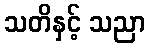
သတိနှင့် သညာ